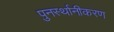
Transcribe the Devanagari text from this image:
पुनर्स्थानीकरण